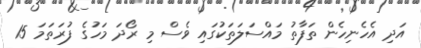
އަދި އެހެނިހެން ތަފާތު މައްސަލަތަކުގައި ވެސް މި ރޯދަ މަހުގެ ފުރަތަމަ 15